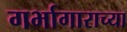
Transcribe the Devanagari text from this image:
गर्भागाराच्या